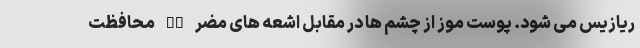
ریازیس می شود. پوست موز از چشم ها در مقابل اشعه های مضر UV محافظت